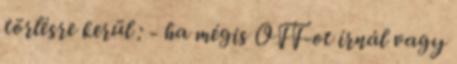
törlésre kerül : - ha mégis OFF-ot írnál vagy